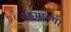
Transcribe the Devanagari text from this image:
चष्माच्या